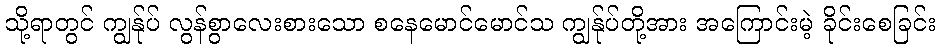
သို့ရာတွင် ကျွန်ုပ် လွန်စွာလေးစားသော စနေမောင်မောင်သ ကျွန်ုပ်တို့အား အကြောင်းမဲ့ ခိုင်းစေခြင်း